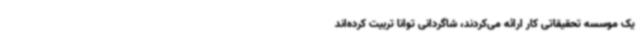
یک موسسه تحقیقاتی کار ارائه می‌کردند، شاگردانی توانا تربیت کرده‌اند